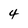
Character: 4